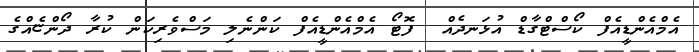
އެމްއެންޑީއެފް ކޯސްޓްގާޑް އުޅަނދެއް  ފޮޓޯ އެމްއެންޑީއެފް ކަންނެލި މަސްވެރިކަން ކުރާ ދޯންޏެއްގެ